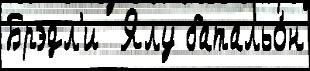
Брэдл'и  Ялу батальо́н